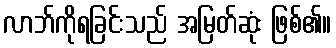
လာဘ်ကိုရခြင်းသည် အမြတ်ဆုံး ဖြစ်၏။